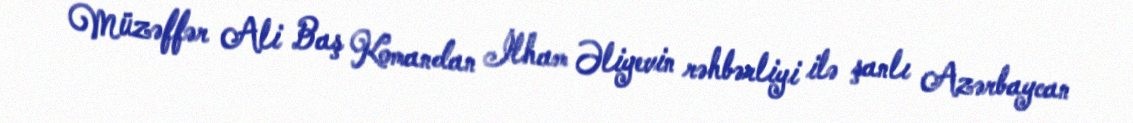
Müzəffər Ali Baş Komandan İlham Əliyevin rəhbərliyi ilə şanlı Azərbaycan